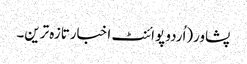
پشاور(اُردو پوائنٹ اخبارتازہ ترین۔